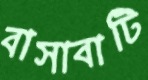
বাসাবাটি